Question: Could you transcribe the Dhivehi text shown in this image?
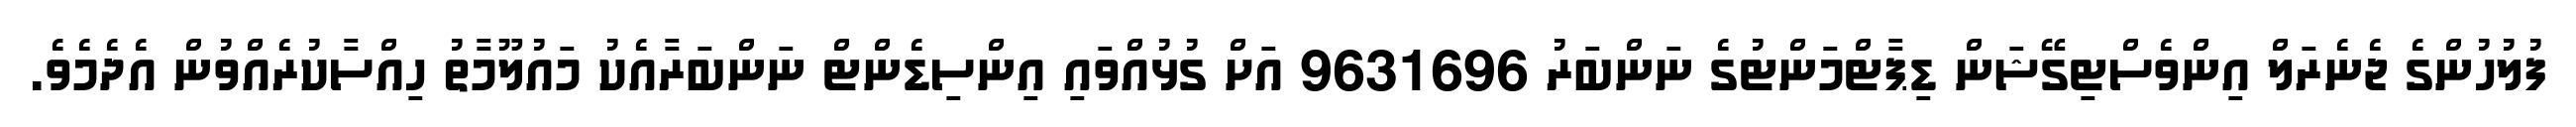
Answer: ފުލުހުންގެ ޖެނެރަލް އިންވެސްޓިގޭޝަން ޑިޕާޓްމަންޓުގެ ނަންބަރު 9631696 އަށް ގުޅުއްވައި އިންސިޑެންޓް ނަންބަރާއެކު މައުލޫމާތު ހިއްސާކުރެއްވުން އެދެމެވެ.